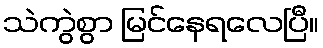
သဲကွဲစွာ မြင်နေရလေပြီ။